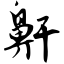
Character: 鼾